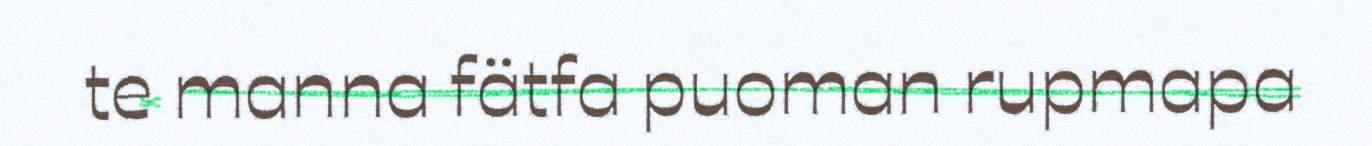
te manna fätfa puoman rupmapa